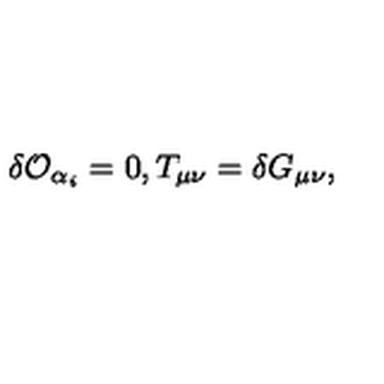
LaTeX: \delta { \cal O } _ { \alpha _ { i } } = 0 , T _ { \mu \nu } = \delta G _ { \mu \nu } ,